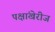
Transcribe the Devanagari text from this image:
पक्षांखेरीज